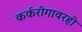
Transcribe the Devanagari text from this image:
कर्करोगावरही